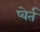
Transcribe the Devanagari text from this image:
प्वेर्त